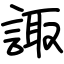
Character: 諏